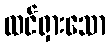
ထင်ရှားသော